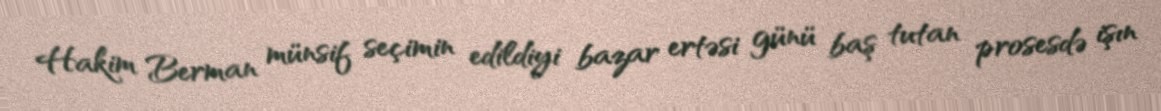
Hakim Berman münsif seçimin edildiyi bazar ertəsi günü baş tutan prosesdə işın